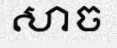
សាច